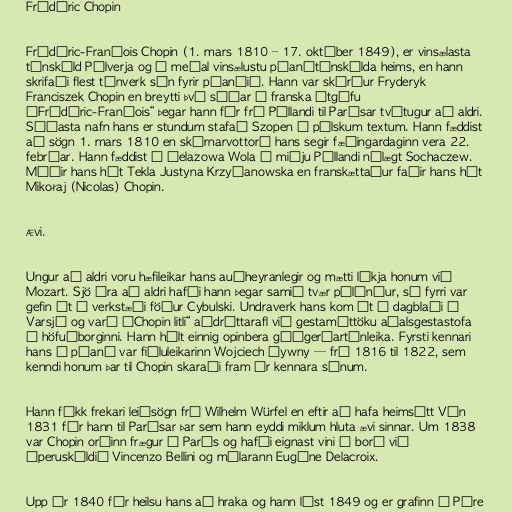
Frédéric Chopin

Frédéric-François Chopin (1. mars 1810 – 17. október 1849), er vinsælasta
tónskáld Pólverja og á meðal vinsælustu píanótónskálda heims, en hann
skrifaði flest tónverk sín fyrir píanóið. Hann var skírður Fryderyk
Franciszek Chopin en breytti því síðar í franska útgáfu
„Frédéric-François“ þegar hann fór frá Póllandi til Parísar tvítugur að aldri.
Síðasta nafn hans er stundum stafað Szopen í pólskum textum. Hann fæddist
að sögn 1. mars 1810 en skírnarvottorð hans segir fæðingardaginn vera 22.
febrúar. Hann fæddist í Żelazowa Wola í miðju Póllandi nálægt Sochaczew.
Móðir hans hét Tekla Justyna Krzyżanowska en franskættaður faðir hans hét
Mikołaj (Nicolas) Chopin.

Ævi.

Ungur að aldri voru hæfileikar hans auðheyranlegir og mætti líkja honum við
Mozart. Sjö ára að aldri hafði hann þegar samið tvær pólóníur, sú fyrri var
gefin út á verkstæði föður Cybulski. Undraverk hans kom út í dagblaði í
Varsjá og varð „Chopin litli“ aðdráttarafl við gestamóttöku aðalsgestastofa
í höfuðborginni. Hann hélt einnig opinbera góðgerðartónleika. Fyrsti kennari
hans á píanó var fiðluleikarinn Wojciech Żywny — frá 1816 til 1822, sem
kenndi honum þar til Chopin skaraði fram úr kennara sínum.

Hann fékk frekari leiðsögn frá Wilhelm Würfel en eftir að hafa heimsótt Vín
1831 fór hann til Parísar þar sem hann eyddi miklum hluta ævi sinnar. Um 1838
var Chopin orðinn frægur í París og hafði eignast vini á borð við
óperuskáldið Vincenzo Bellini og málarann Eugène Delacroix.

Upp úr 1840 fór heilsu hans að hraka og hann lést 1849 og er grafinn í Père